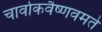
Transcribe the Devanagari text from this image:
चार्वाकवैष्णवमते